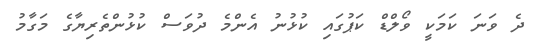
ދެ ވަނަ ކަމަކީ ވޯލްޑް ކަޕުގައި ކުޅުނު އެންމެ ދުވަސް ކުޅުންތެރިޔާގެ މަގާމު